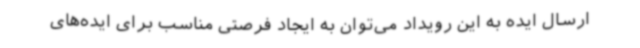
ارسال ایده به این رویداد می‌توان به ایجاد فرصتی مناسب برای ایده‌های